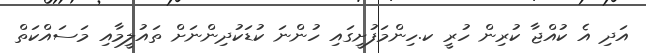
އަދި އެ ކުއްޖާ ކުރިން ހުރީ ކ.ހިންމަފުށީގައި ހުންނަ ކުޑަކުދިންނަށް ތައުލީމާއި މަސައްކަތް